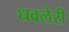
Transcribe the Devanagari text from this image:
धवलेरी